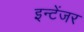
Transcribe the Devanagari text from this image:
इन्टेंजर